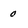
Character: 0